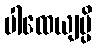
ပါထေယျမ္ပိ